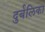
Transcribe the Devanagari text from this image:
दुर्बलिका